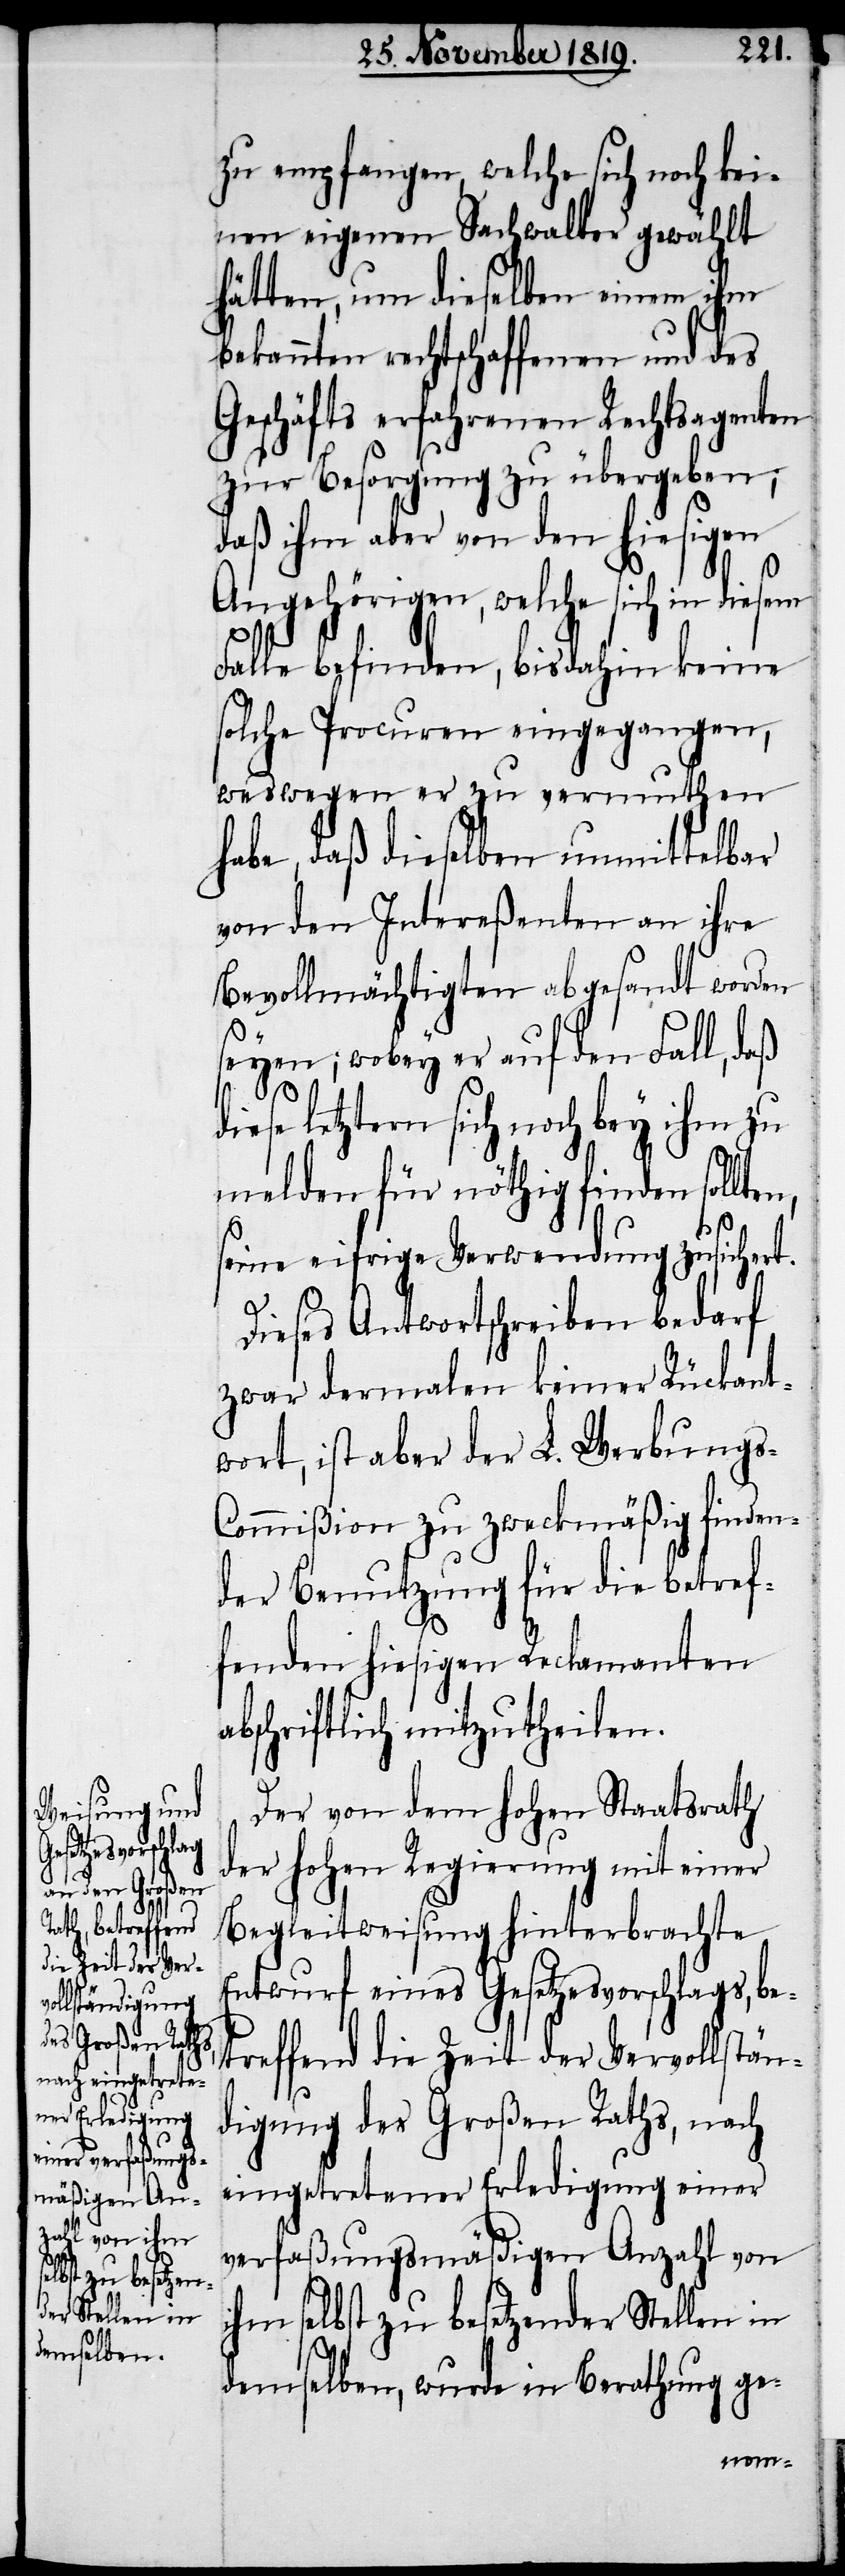
zu empfangen, welche sich noch kei¬
nen eigenen Sachwalter gewählt
hätten, um dieselben einem ihm
bekannten rechtschaffenen und des
Geschäfts erfahrenen Rechtsagenten
zur Besorgung zu übergeben;
daß ihm aber von den hiesigen
Angehörigen, welche sich in diesem
Falle befinden, bisdahin keine
solche Procuren eingegangen,
weswegen er zu vermuthen
habe, daß dieselben unmittelbar
von den Intereßenten an ihre
Bevollmächtigten abgesandt worden
seyen; wobey er auf den Fall, daß
letztern sich noch bey ihm zu
melden für nöthig finden sollte¬
n,
seine eifrige Verwendung zusichert.
Dieses Antwortschreiben bedarf
zwar dermalen keiner Rückant¬
wort, ist aber der L. Werbung¬
s-Commißion zu zweckmäßig finden¬
der Benutzung für die betref¬
fenden hiesigen Reclamanten
abschriftlich mitzutheilen.
Der von dem hohen Staatsrath
der hohen Regierung mit einer
Begleitweisung hinterbrachte
Entwurf eines Gesetzesvorschlags, be¬
treffend die Zeit der Vervollstän¬
digung des Großen Raths, nach
eingetretener Erledigung einer
verfaßungsmäßigen Anzahl von
ihm selbst zu besetzender Stellen in
demselben, wurde in Berathung ge-